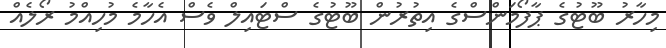
މިހާރު ބޫޓުގެ ޕާފޯމަންސްގެ އިތުރުން ބޫޓުގެ ސްޓައިލް ވެސް އެހާމެ މުހިއްމު ރޯލެއް